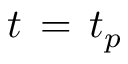
t \, = \, t _ { p }